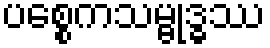
ပစ္စေကသမ္ဗုဒ္ဓဿ